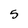
Character: 5